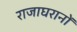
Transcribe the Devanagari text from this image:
राजाघरानों